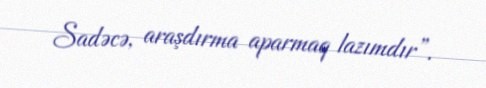
Sadəcə, araşdırma aparmaq lazımdır”.